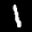
Label: 1